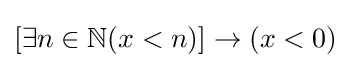
[\exists n\in \mathbb {N} (x<n)]\rightarrow (x<0)